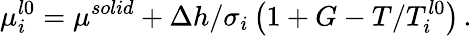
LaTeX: \mu_{i}^{l0}=\mu^{solid}+\Delta h/\sigma_{i}\left(1+G-T/T_{i}^{l0}\right)\, .